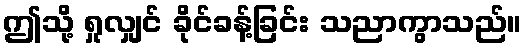
ဤသို့ ရှုလျှင် ခိုင်ခန့်ခြင်း သညာကွာသည်။